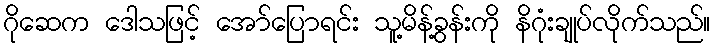
ဂိုဆေက ဒေါသဖြင့် အော်ပြောရင်း သူ့မိန့်ခွန်းကို နိဂုံးချုပ်လိုက်သည်။